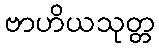
ဗာဟိယသုတ္တ